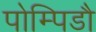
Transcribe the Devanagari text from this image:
पोम्पिडौ